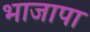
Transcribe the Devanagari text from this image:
भाजापा